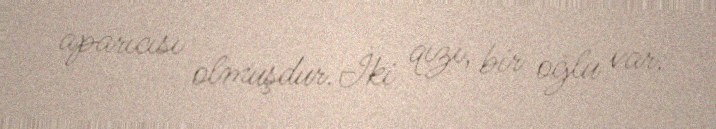
aparıcısı olmuşdur.İki qızı, bir oğlu var.